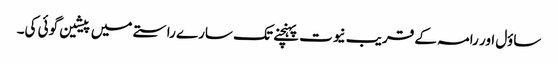
ساؤل اور رامہ کے قریب نیوت پہنچنے تک سارے راستے میں پیشین گوئی کی۔